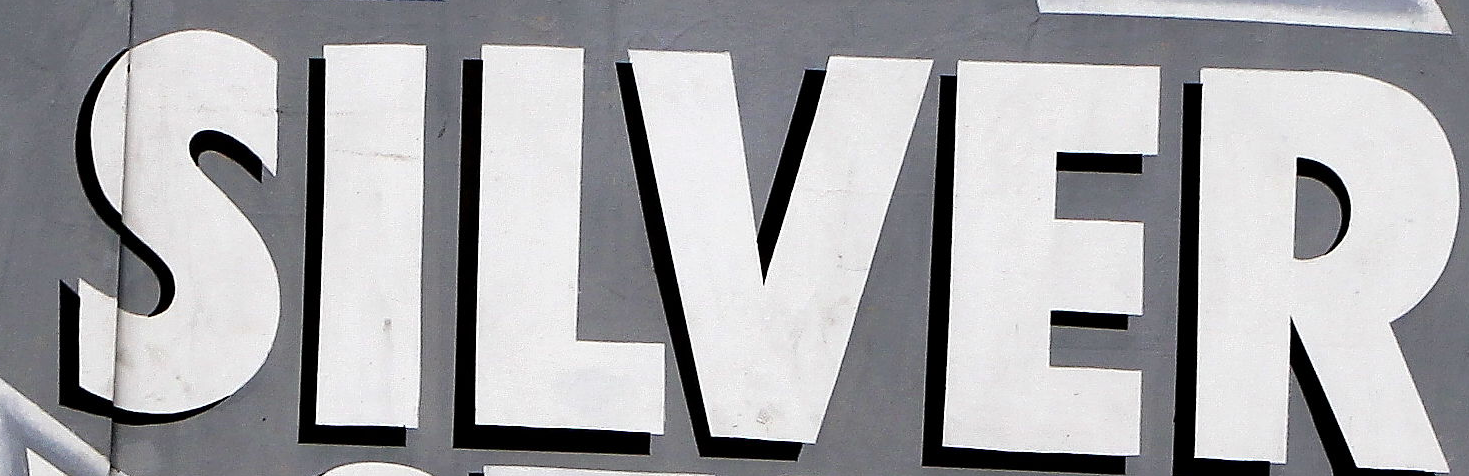
SILVER